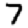
Digit: 7